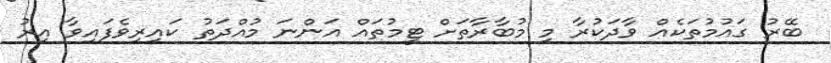
ބޭރު ގައުމުތަކެއް ވާދަކުރާ މި މުބާރާތަށް ޓީމުތައް އަންނަ މުއްދަތު ކައިރިވެފައިވާ އިރު